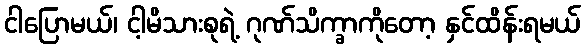
ငါပြောမယ်၊ ငါ့မိသားစုရဲ့ ဂုဏ်သိက္ခာကိုတော့ နှင်ထိန်းရမယ်